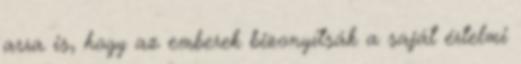
arra is, hogy az emberek bizonyítsák a saját értelmi